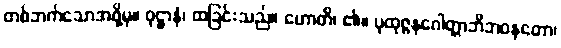
တစ်ဘက်သောအဖို့မှ။ ဝုဋ္ဌာနံ၊ ထခြင်းသည်။ ဟောတိ၊ ၏။ ပုထုဇ္ဇနဂေါတ္တာဘိဘဝနတော၊